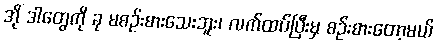
အို ဒါတွေကို ခု မစဉ်းစားသေးဘူး၊ လက်ထပ်ပြီးမှ စဉ်းစားတော့မယ်